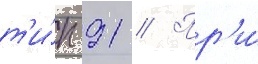
т'и́п 91 // Пр'и́